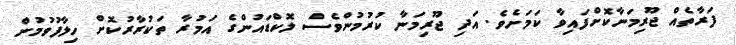
ފަރާތެއް ޖޫރިމަނާކޮށްފައިވާ ކަމަށެވެ. އަދި ޖޫރިމަނާ ކުރުމުންވެސް ލޮކްޑައުންގެ އަމުރާ ތަކުރާރުކޮށް ހިލާފުވުމުން